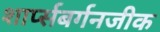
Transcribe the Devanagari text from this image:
शार्प्सबर्गनजीक